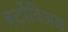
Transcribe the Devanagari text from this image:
बर्टोविअक